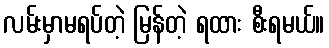
လမ်းမှာမရပ်တဲ့ မြန်တဲ့ ရထား စီးရမယ်။